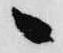
へ